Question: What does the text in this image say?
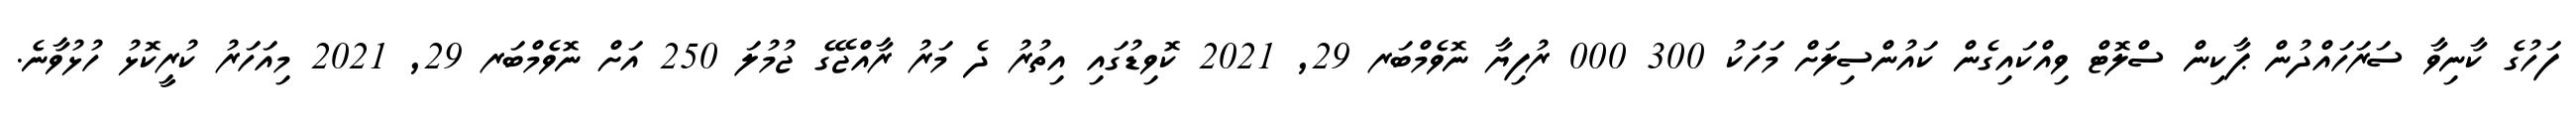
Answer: ފަހުގެ ކާނިވާ ސަރަހައްދުން ޕާކިން ސްލޮޓް ވިއްކައިގެން ކައުންސިލަށް މަހަކު 300 000 ރުފިޔާ ނޮވެމްބަރ 29, 2021 ކޮވިޑުގައި އިތުރު ދެ މަރު ރާއްޖޭގެ ޖުމުލަ 250 އަށް ނޮވެމްބަރ 29, 2021 މިއަހަރު ކުރީކޮޅު ހުޅުވާނެ.